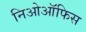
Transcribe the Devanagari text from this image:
निओऑफिस